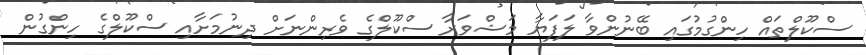
ސްކޫލްތައް ހިންގުމުގައި ބޭނުންވާ ލަފަޔާ މަޝްވަރާ ސްކޫލްގެ ވެރިންނަށް ދިނުމަށާއި ސްކޫލްގެ ހިންގުން